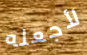
لأجعله